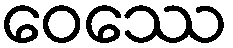
ဝေဿေ